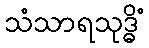
သံသာရသုဒ္ဓိံ